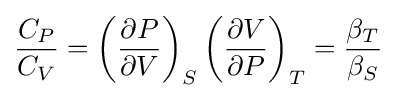
{\frac {C_{P}}{C_{V}}}=\left({\frac {\partial P}{\partial V}}\right)_{S}\left({\frac {\partial V}{\partial P}}\right)_{T}={\frac {\beta _{T}}{\beta _{S}}}